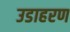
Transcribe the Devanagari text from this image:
उडाहरण